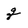
Character: q